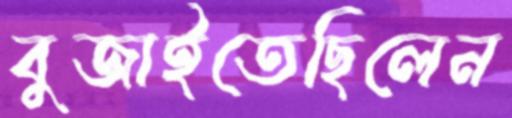
বুজাইতেছিলেন